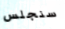
سنجلس